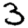
Digit: 3